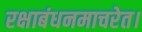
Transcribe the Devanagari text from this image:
रक्षाबंधनमाचरेत।